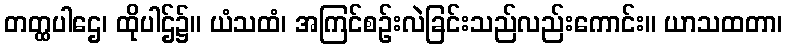
တတ္ထပါဌေ၊ ထိုပါဌ်၌။ ယံသထံ၊ အကြင်စဉ်းလဲခြင်းသည်လည်းကောင်း။ ယာသထတာ၊